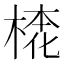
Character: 𣕢